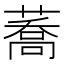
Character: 蕎